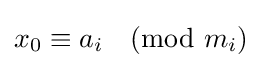
x_{0}\equiv a_{i}{\pmod {m_{i}}}